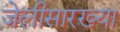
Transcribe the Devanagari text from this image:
जेलीसारख्या